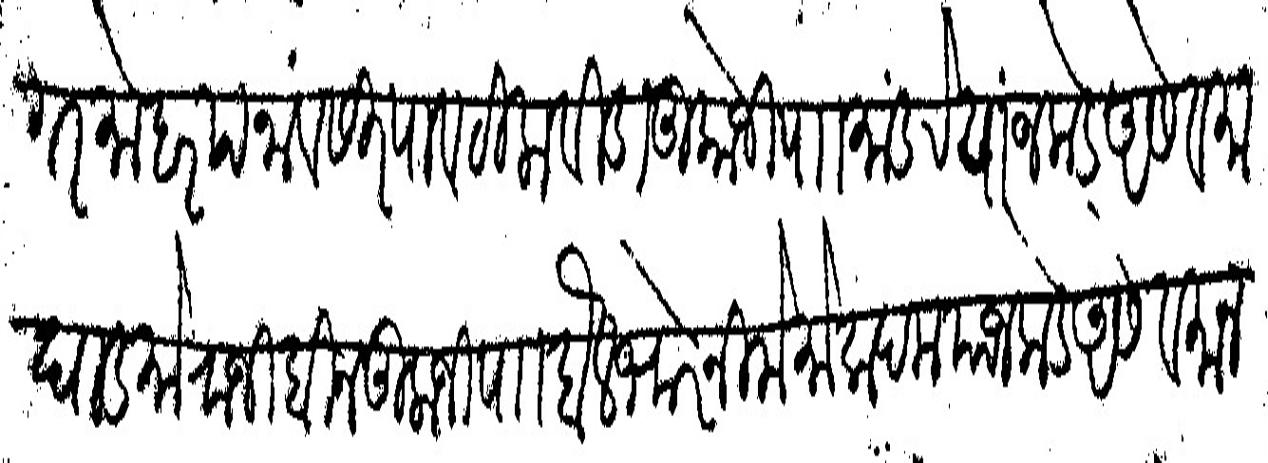
Transliteration (Devanagari): नांगर मोहरपनां व सिरपाव टिलाविडा तुकोजी पाा मांडरे यांजकडे असे व माघाड मोराजी बिन तुलाजी पाा बैलभोर निमे मोकदम याजकडे असे व मानपान